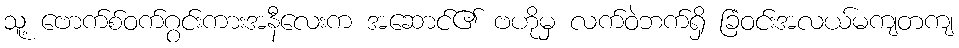
သူ့ ဗောက်စ်ဝက်ဂွင်းကားအနီလေးက အဆောင်၏ ဗဟိုမှ လက်ဝဲဘက်ရှိ ခြံဝင်းအလယ်မကျတကျ